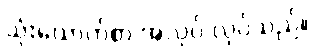
သုံးယောက်စာ အလုပ် လုပ်သည်။